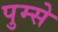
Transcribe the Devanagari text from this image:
पुम्से